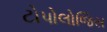
ટોપોલોજિસ